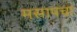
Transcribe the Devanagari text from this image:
मसापचा